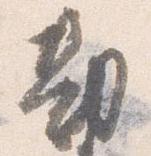
勘